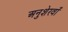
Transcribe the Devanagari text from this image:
अनुशेरवाँ